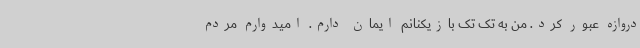
دروازه عبور کرد. من به تک تک بازیکنانم ایمان دارم. امیدوارم مردم